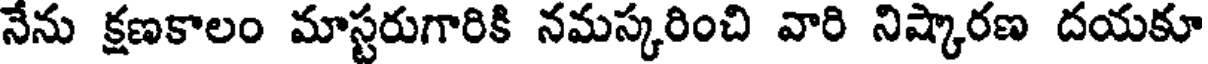
నేను క్షణకాలం మాస్టరుగారికి నమస్కరించి వారి నిష్కారణ దయకూ